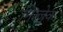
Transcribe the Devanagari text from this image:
नित्ज़ेक